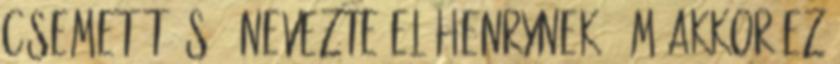
csemetét és ő nevezte el Henrynek. Ám akkor ez